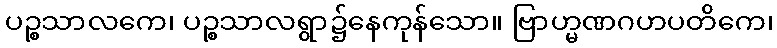
ပဉ္စသာလကေ၊ ပဉ္စသာလရွာ၌နေကုန်သော။ ဗြာဟ္မဏဂဟပတိကေ၊